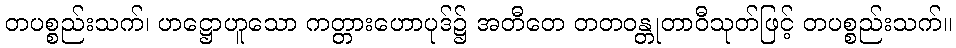
တပစ္စည်းသက်၊ ဟဋ္ဌောဟူသော ကတ္တားဟောပုဒ်၌ အတီတေ တတဝန္တုတာဝီသုတ်ဖြင့် တပစ္စည်းသက်။